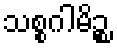
သစ္စဂါမိဉ္စ